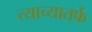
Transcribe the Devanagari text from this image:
त्याच्यातर्फे